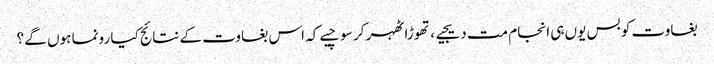
بغاوت کو بس یوں ہی انجام مت دیجیے ، تھوڑا ٹھہر کر سوچیے کہ اس بغاوت کے نتائج کیا رونما ہوں گے ؟